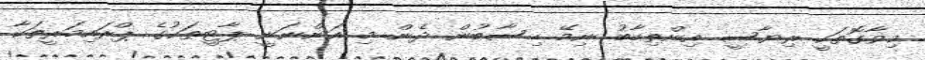
މިވާގޮތަކީ ރިޔާސީ އިންތިހާބު ނިމޭ ހިސާބުން ދެން މި އަންނަނީ ޕާޓީތަކުގެ ޕްރައިމަރީތަކާ